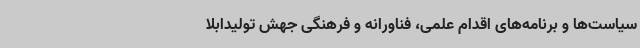
سیاست‌ها و برنامه‌های اقدام علمی، فناورانه و فرهنگی جهش تولیدابلا